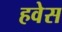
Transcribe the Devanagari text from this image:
हवेस